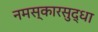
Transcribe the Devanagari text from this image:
नमस्कारसुद्धा